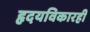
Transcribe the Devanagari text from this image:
हृदयविकारही